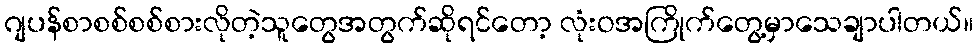
ဂျပန်စာစစ်စစ်စားလိုတဲ့သူတွေအတွက်ဆိုရင်တော့ လုံးဝအကြိုက်တွေ့မှာသေချာပါတယ်။